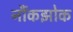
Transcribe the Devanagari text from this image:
नौंकझोक